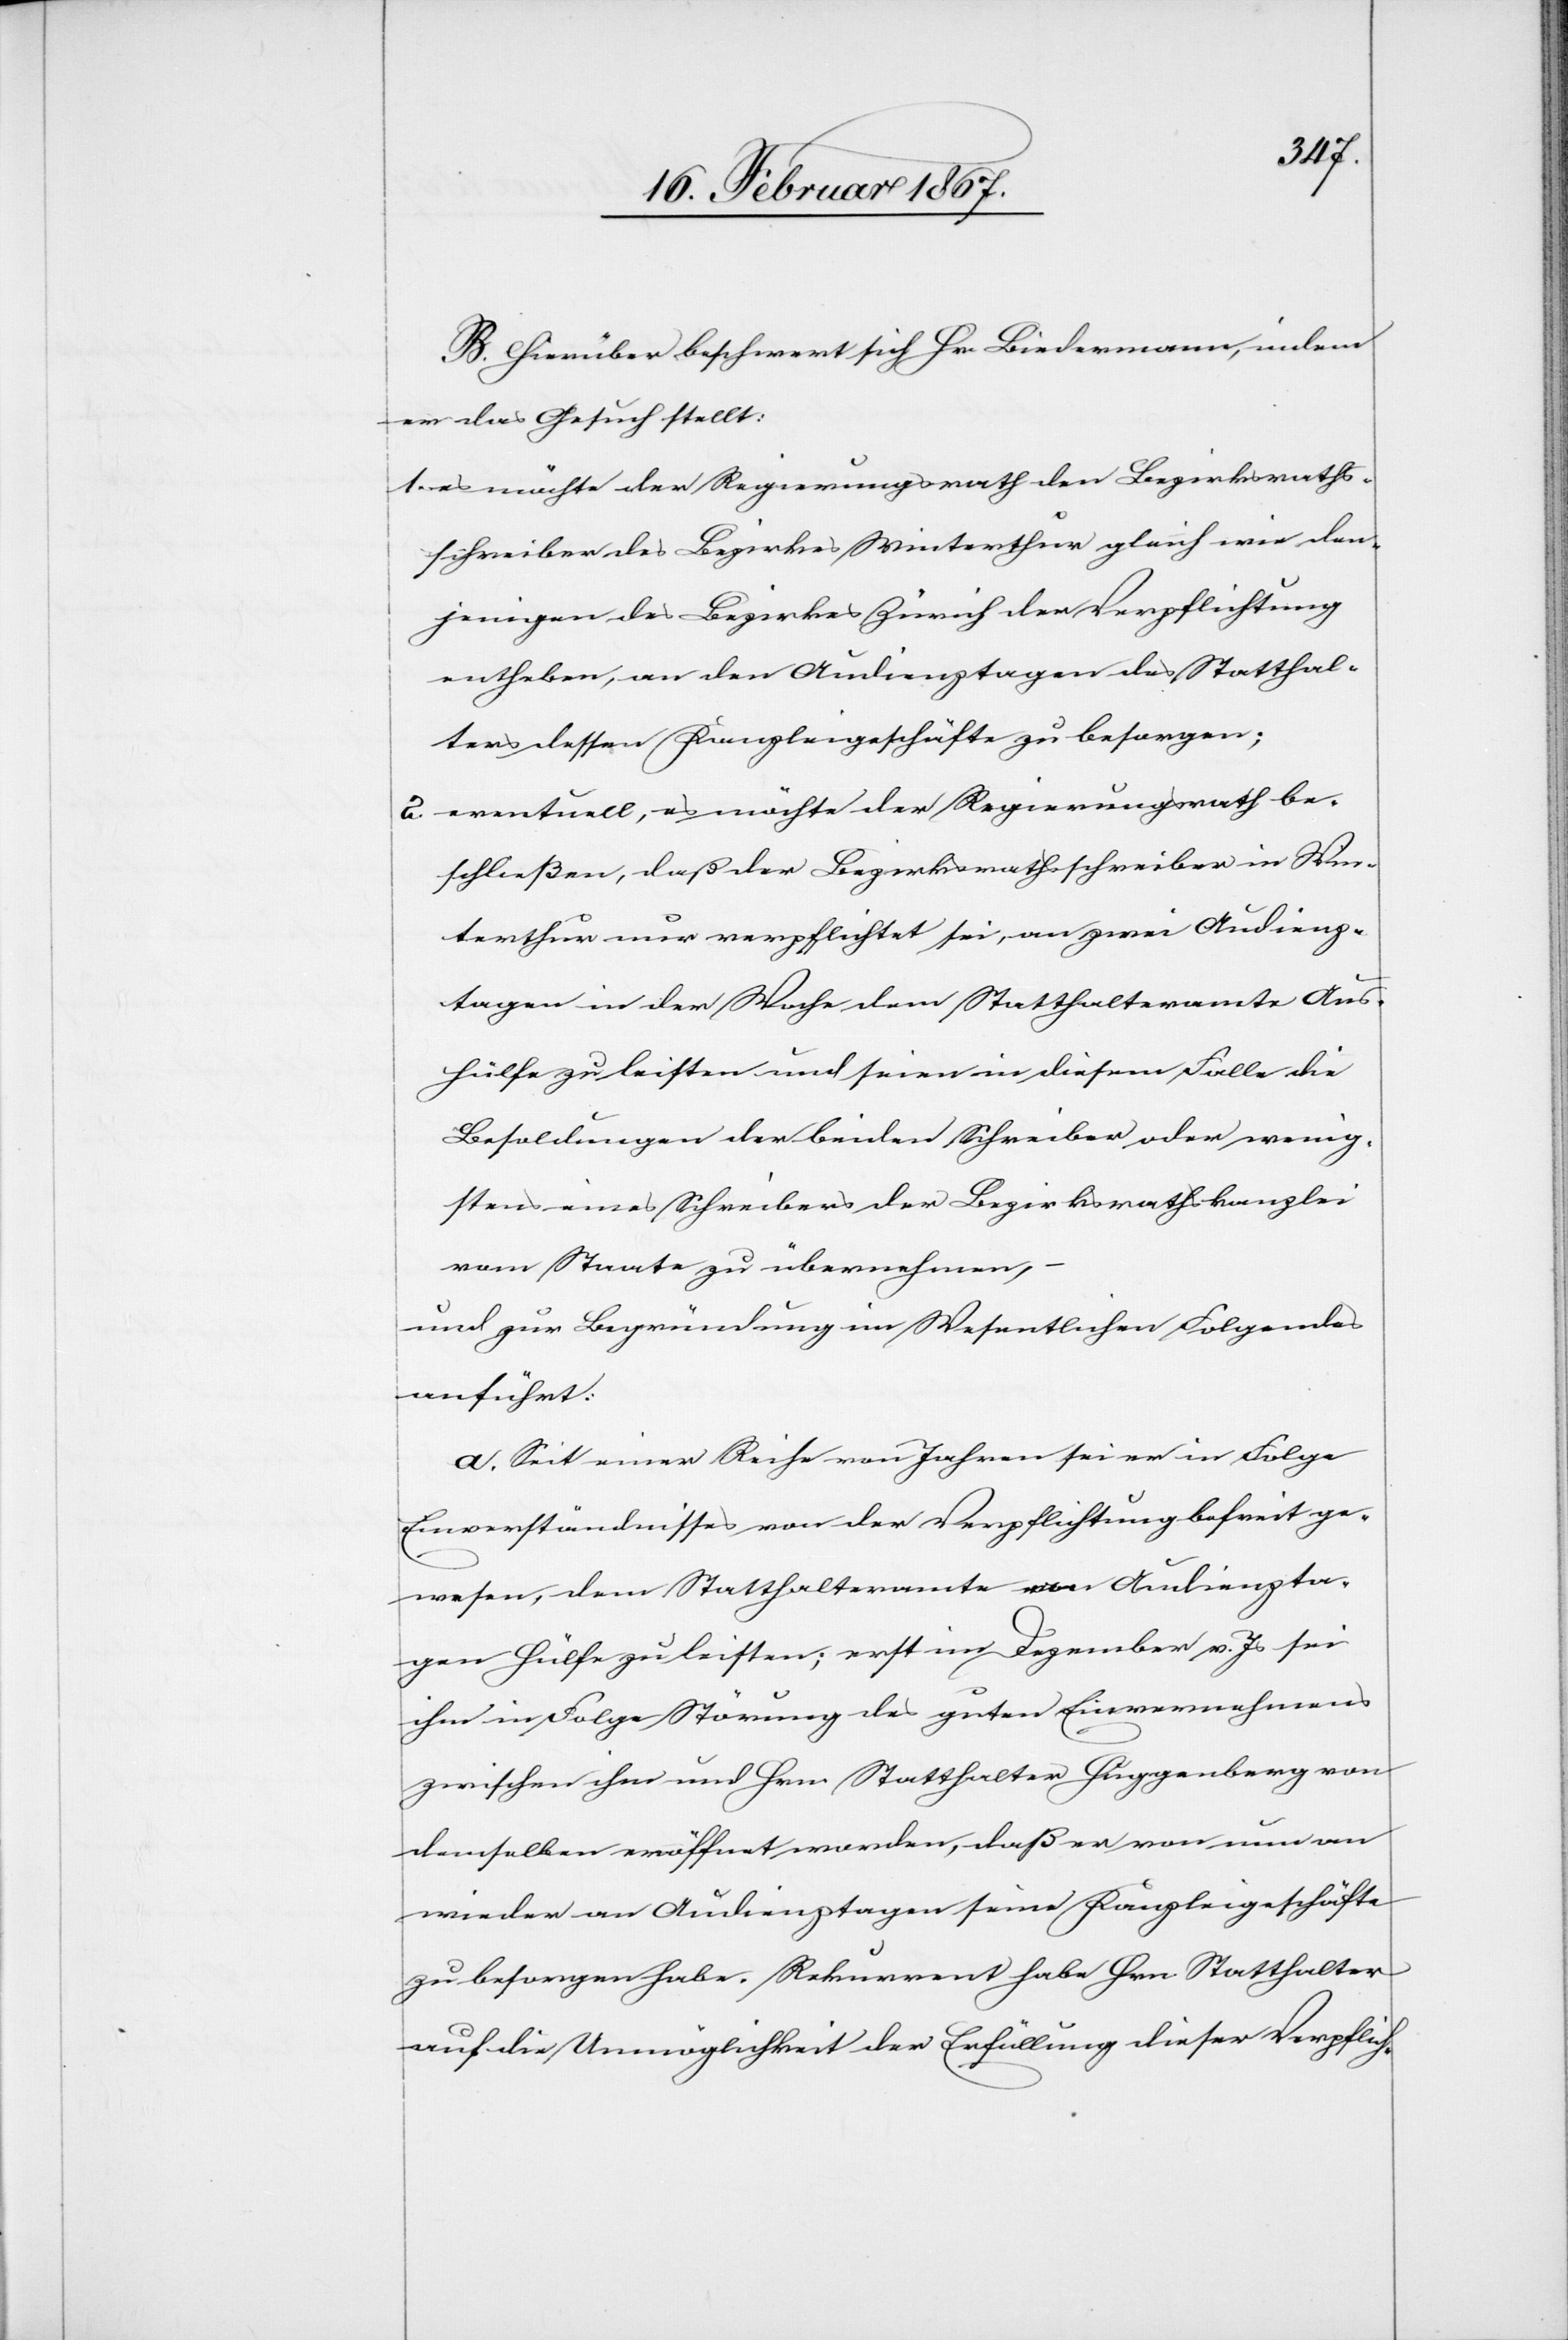
B. Hierüber beschwert sich Hr. Biedermann, indem
er das Gesuch stellt:
1. es möchte der Regierungsrath den Bezirksraths¬
schreiber des Bezirkes Winterthur gleich wie den¬
jenigen des Bezirkes Zürich der Verpflichtung
entheben, an den Audienztagen des Statthal¬
ters dessen Kanzleigeschäfte zu besorgen;
2. eventuell, es möchte der Regierungsrath be¬
schließen, daß der Bezirksrathsschreiber in Win¬
terthur nur verpflichtet sei, an zwei Audienz¬
tagen in der Woche dem Statthalteramte Aus¬
hülfe zu leisten und seien in diesem Falle die
Besoldungen der beiden Schreiber oder wenig¬
stens eines Schreibers der Bezirksrathskanzlei
vom Staate zu übernehmen,
und zur Begründung im Wesentlichen Folgendes
anführt:
a. Seit einer Reihe von Jahren sei er in Folge
Einverständnisses von der Verpflichtung befreit ge¬
wesen, dem Statthalteramte an Audienzta¬
gen Hülfe zu leisten; erst im Dezember v. Js sei
ihm in Folge Störung des guten Einvernehmens
zwischen ihm und Hrn. Statthalter Huggenberg von
demselben eröffnet worden, daß er von nun an
wieder an Audienztagen seine Kanzleigeschäfte
zu besorgen habe. Rekurrent habe Hrn. Statthalter
auf die Unmöglichkeit der Erfüllung dieser Verpflich-